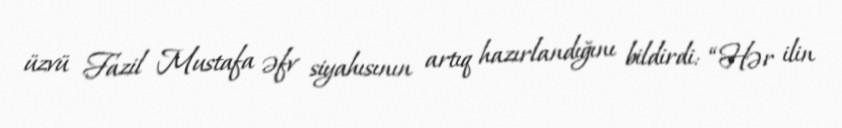
üzvü Fazil Mustafa əfv siyahısının artıq hazırlandığını bildirdi: “Hər ilin